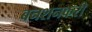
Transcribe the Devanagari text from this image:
बनशनकरी